Annual report of the Punjab Veterinary College and of the Civil Veterinary Department, Punjab - 1909-1919
Year: 1909
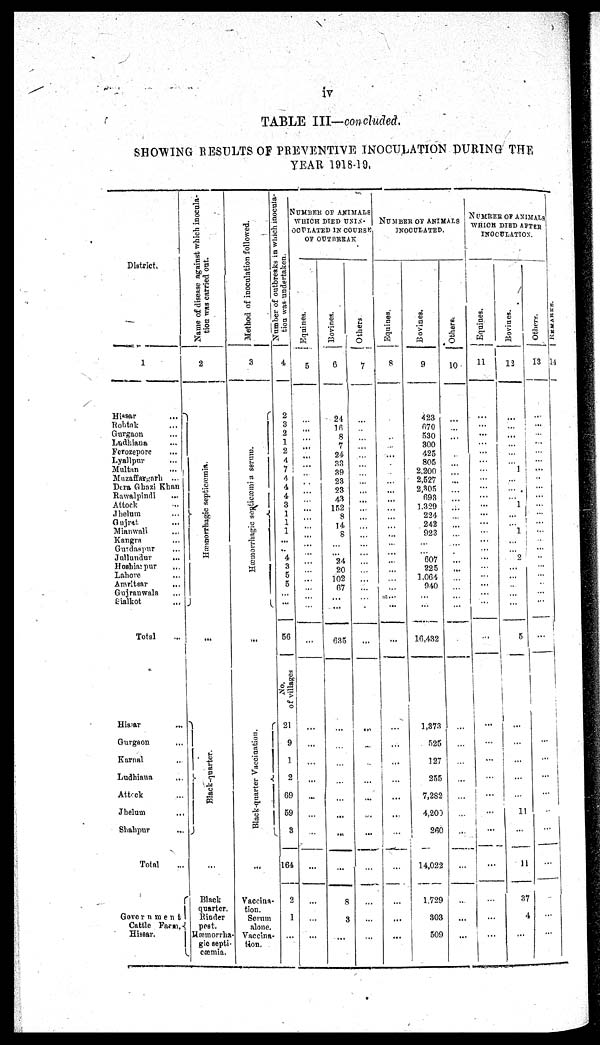
iv
TABLE III—concluded.
SHOWING RESULTS OF PREVENTIVE INOCULATION DURING THE
YEAR 1918-19.
District.
1
Hiasar
...
Rohtak ...
Gurgaon ...
Ludhiana ...
Ferozepore ...
Lyallpur ...
Multan
...
Muzaffargarh
...
Dera Ghazi Khan
Rawalpindi ...
Attock ...
Jhelum ...
Gujrat ...
Mianwali ...
Kangra ...
Gurdaspur ...
Jullundur ...
Hoshiarpur ...
Lahore ...
Amritsar ...
Gujranwala ...
Sialkot ...
Total ...
Hissar ...
Gurgaon ...
Karnal ...
Ludhiana ...
Attock ...
Jhelum ...
Shahpur ...
Total ...
Government
Cattle Farm,
Hissar.
Name of disease against which inocula-
tion was carried out.
2
Hæmorrhagic septicæmia.
...
Black-quarter.
...
Black
quarter.
Rinder
pest.
Hæmorrha-
gic septi-
cæmia.
Method of inoculation followed.
3
Hæmorrhagic septicæmia s e r
mu.
...
Black-quarter Vaccination.
...
Vaccina
tion.
Serum
alone.
Vaccina-
tion.
Number of outbreaks in which inocula-
tion
was undertaken.
4
2
3
2
1
2
4
7
4
4
4
3
1
1
1
...
..
4
3
5
5
...
...
56
No.
of villages
21
9
1
2
69
59
3
164
2
1
...
NUMBER OF ANIMALS
WHICH DIED UNIN-
OCULATED IN COURSE
OF OUTBREAK
Equines.
5
...
...
...
...
...
...
...
...
...
...
...
...
...
...
...
...
...
...
...
...
...
...
...
...
...
...
...
...
...
...
...
...
...
...
Bovines.
6
24
16
8
7
24
33
39
23
23
4.3 |
152
8
14
8
...
...
24
20
102
67
635
...
...
...
8
3
...
Others.
7
...
...
...
...
...
...
...
...
...
...
...
...
...
...
...
...
...
...
...
...
...
...
...
..
...
...
...
...
...
...
...
...
NUMBER OF ANIMALS
INOCULATED.
Equines.
8
..
...
...
.
...
...
...
...
...
...
...
...
...
...
...
...
...
...
...
...
...
...
...
...
...
...
...
...
...
...
Bovines.
9
423
670
530
300
425
805
2.200
2.527
2,305
693
1.329
224
242
923
...
...
607
225
1.064
940
...
...
16,432
1,373
525
127
255
7,282
4,200
260
14,022
1,729
303
509
Others.
10
...
...
...
.
...
...
...
...
...
...
...
...
...
...
. ...
...
...
...
...
...
...
...
...
...
...
...
...
...
...
...
...
NUMBER OF ANIMALS
WHICH DIED AFTER
INOCULATION.
Equines.
11
...
...
...
...
...
...
...
...
...
...
...
...
...
...
...
...
...
...
...
...
...
...
...
...
...
...
...
...
...
...
...
...
...
...
Bovines.
12
...
...
......
...
...
...
1
...
...
...
1
...
...
1
...
...
2
...
...
..
...
...
5
...
...
...
...
...
11
...
11
37
4
...
Others.
13
...
...
...
...
...
...
...
...
...
...
...
...
...
...
...
...
..
...
...
...
...
...
...
...
...
...
...
..
...
...
...
...
...
REMARKS.
14